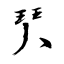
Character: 珡